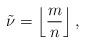
LaTeX: \begin{align*} \tilde{\nu} = \left\lfloor \frac{m}{n} \right\rfloor, \end{align*}